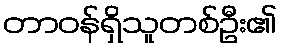
တာဝန်ရှိသူတစ်ဦး၏